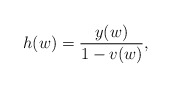
\begin{align*} h(w)=\frac{y(w)}{1-v(w)},\end{align*}